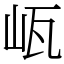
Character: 㼘